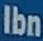
Ibn